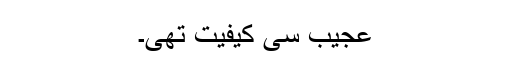
عجیب سی کیفیت تھی۔